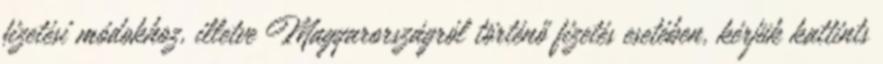
fizetési módokhoz, illetve Magyarországról történő fizetés esetében, kérjük kattints